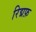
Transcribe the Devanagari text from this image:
रिद्मफ़